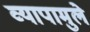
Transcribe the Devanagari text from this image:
व्यापामुले